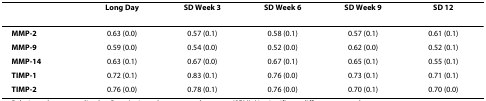
<table><thead><tr><td></td><td><b>Long Day</b></td><td><b>SD Week 3</b></td><td><b>SD Week 6</b></td><td><b>SD Week 9</b></td><td><b>SD 12</b></td></tr></thead><tbody><tr><td><b>MMP-2</b></td><td>0.63 (0.0)</td><td>0.57 (0.1)</td><td>0.58 (0.1)</td><td>0.57 (0.1)</td><td>0.61 (0.1)</td></tr><tr><td><b>MMP-9</b></td><td>0.59 (0.0)</td><td>0.54 (0.0)</td><td>0.52 (0.0)</td><td>0.62 (0.0)</td><td>0.52 (0.1)</td></tr><tr><td><b>MMP-14</b></td><td>0.63 (0.1)</td><td>0.67 (0.0)</td><td>0.67 (0.1)</td><td>0.65 (0.1)</td><td>0.55 (0.1)</td></tr><tr><td><b>TIMP-1</b></td><td>0.72 (0.1)</td><td>0.83 (0.1)</td><td>0.76 (0.0)</td><td>0.73 (0.1)</td><td>0.71 (0.1)</td></tr><tr><td><b>TIMP-2</b></td><td>0.76 (0.0)</td><td>0.78 (0.1)</td><td>0.76 (0.0)</td><td>0.70 (0.1)</td><td>0.70 (0.0)</td></tr></tbody></table>